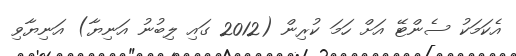
އެކަމަކު ސެންޓޭ އަށް ހަމަ ކުރިން (2012 ގައި ލިބުނު އަނިޔާ) އަނިޔާވި